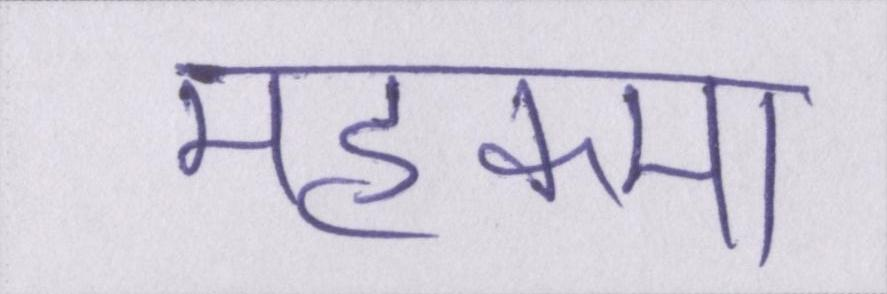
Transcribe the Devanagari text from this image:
महकमा